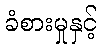
ခံစားမှုနှင့်